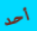
أحد